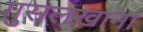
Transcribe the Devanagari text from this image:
ग़ुसलख़ाना